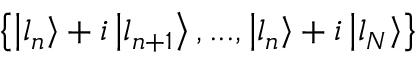
\left\{ \left\lvert l _ { n } \right\rangle + i \left\lvert l _ { n + 1 } \right\rangle , . . . , \left\lvert l _ { n } \right\rangle + i \left\lvert l _ { N } \right\rangle \right\}